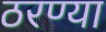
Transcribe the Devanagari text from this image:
ठरण्या